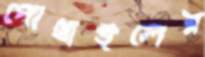
পোথাইলের